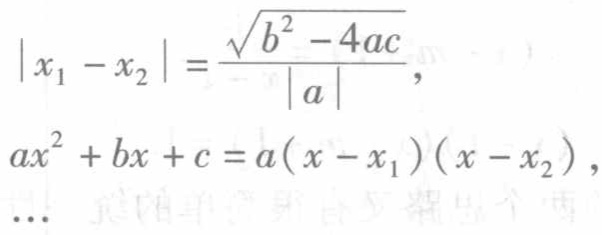
\[
|x_1 - x_2| = \frac{\sqrt{b^2 - 4ac}}{|a|},
\]
\[
ax^2 + bx + c = a(x - x_1)(x - x_2),
\]
\(...\)